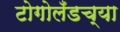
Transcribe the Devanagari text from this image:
टोगोलँडच्या